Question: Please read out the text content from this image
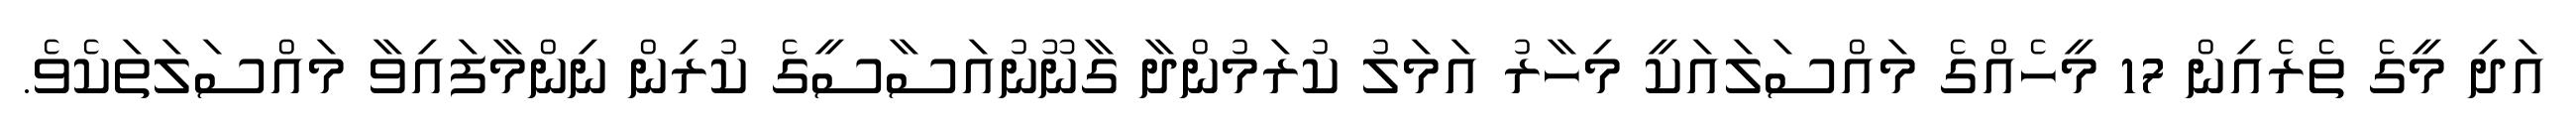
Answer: އަދި މީގެ ތެރެއިން 17 މީހެއްގެ މައްސަލައަކީ މިހާރު އަމަލު ކުރަމުންދާ ގާނޫނުއަސާސީގެ ކުރިން ނިންމާފައިވާ މައްސަލަތަކެވެ.